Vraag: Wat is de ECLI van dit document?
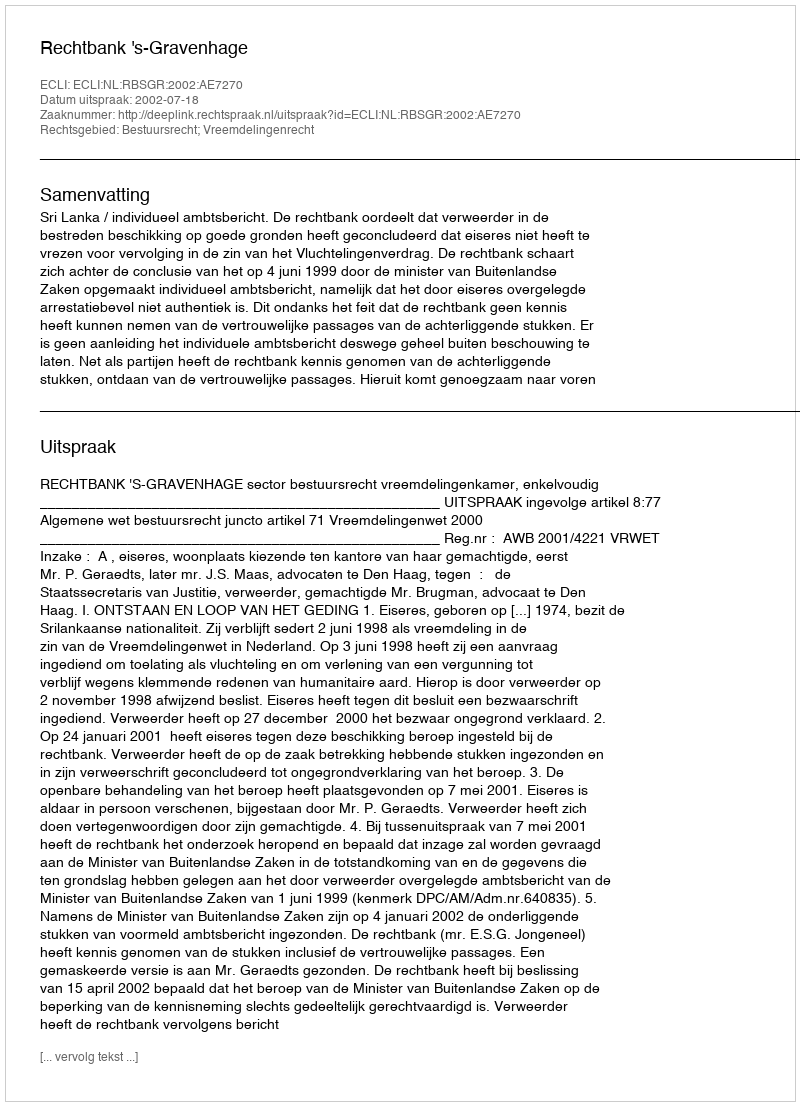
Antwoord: ECLI:NL:RBSGR:2002:AE7270